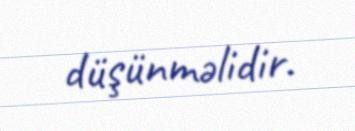
düşünməlidir.